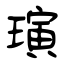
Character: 璌